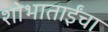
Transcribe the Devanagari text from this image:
शोभाताईंचा